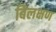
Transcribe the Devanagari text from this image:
बिलक्षण